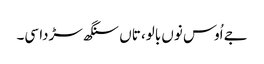
جے اُوس نوں بالو، تاں سنگھ سڑدا سی۔